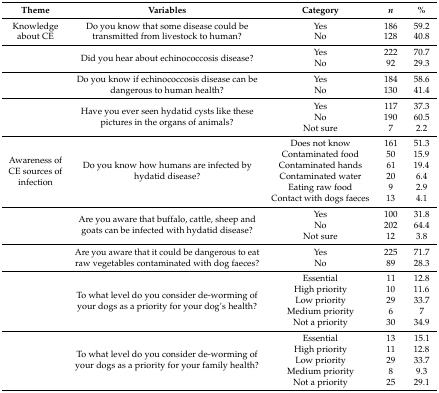
<table><thead><tr><td><b>Theme</b></td><td><b>Variables</b></td><td><b>Category</b></td><td><b><i>n</i></b></td><td><b>%</b></td></tr></thead><tbody><tr><td>Knowledge about CE</td><td>Do you know that some disease could be transmitted from livestock to human?</td><td>YesNo</td><td>186128</td><td>59.240.8</td></tr><tr><td></td><td>Did you hear about echinococcosis disease?</td><td>YesNo</td><td>22292</td><td>70.729.3</td></tr><tr><td></td><td>Do you know if echinococcosis disease can be dangerous to human health?</td><td>YesNo</td><td>184130</td><td>58.641.4</td></tr><tr><td></td><td>Have you ever seen hydatid cysts like these pictures in the organs of animals?</td><td>YesNoNot sure</td><td>1171907</td><td>37.360.52.2</td></tr><tr><td>Awareness of CE sources of infection</td><td>Do you know how humans are infected by hydatid disease?</td><td>Does not knowContaminated foodContaminated handsContaminated waterEating raw foodContact with dogs faeces</td><td>161506120913</td><td>51.315.919.46.42.94.1</td></tr><tr><td></td><td>Are you aware that buffalo, cattle, sheep and goats can be infected with hydatid disease?</td><td>YesNoNot sure</td><td>10020212</td><td>31.864.43.8</td></tr><tr><td></td><td>Are you aware that it could be dangerous to eat raw vegetables contaminated with dog faeces?</td><td>YesNo</td><td>22589</td><td>71.728.3</td></tr><tr><td></td><td>To what level do you consider de-worming of your dogs as a priority for your dog’s health?</td><td>EssentialHigh priorityLow priorityMedium priorityNot a priority</td><td>111029630</td><td>12.811.633.7734.9</td></tr><tr><td></td><td>To what level do you consider de-worming of your dogs as a priority for your family health?</td><td>EssentialHigh priorityLow priorityMedium priorityNot a priority</td><td>131129825</td><td>15.112.833.79.329.1</td></tr></tbody></table>